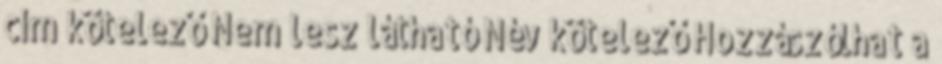
cím kötelező Nem lesz látható Név kötelező Hozzászólhat a